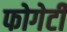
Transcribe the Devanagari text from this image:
फोगेर्टी